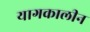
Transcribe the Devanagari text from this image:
यागकालीन